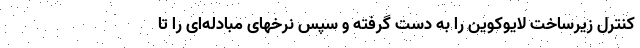
کنترل زیرساخت لایوکوین را به دست گرفته و سپس نرخهای مبادله‌ای را تا